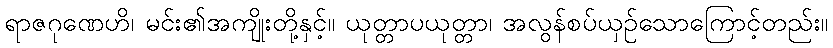
ရာဇဂုဏေဟိ၊ မင်း၏အကျိုးတို့နှင့်။ ယုတ္တာပယုတ္တာ၊ အလွန်စပ်ယှဉ်သောကြောင့်တည်း။